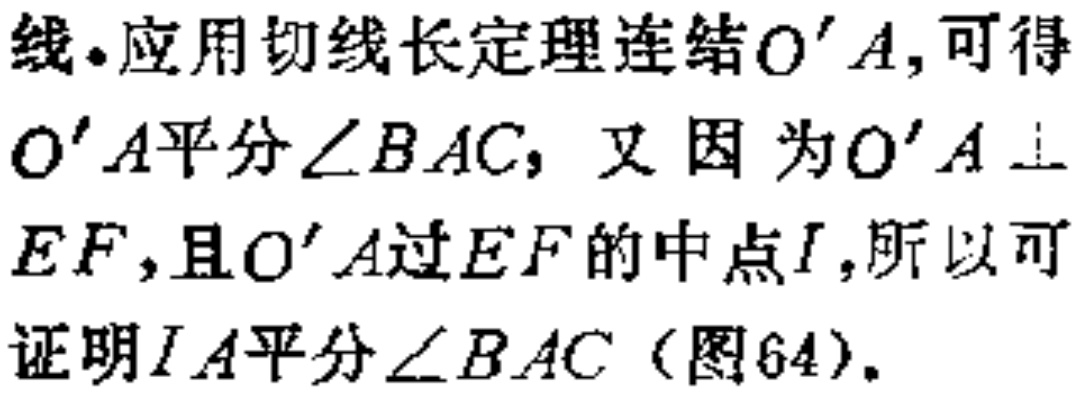
线.应用切线长定理连结$O'A$,可得$O'A$平分$\angle BAC$, 又因为$O'A\perp EF$,且$O'A$过$EF$的中点$I$,所以可证明$IA$平分$\angle BAC$（图64）.